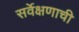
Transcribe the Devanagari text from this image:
सर्वेक्षणाची